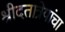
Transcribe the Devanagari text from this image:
श्रीदतात्रेयांचा